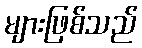
များဖြစ်သည်